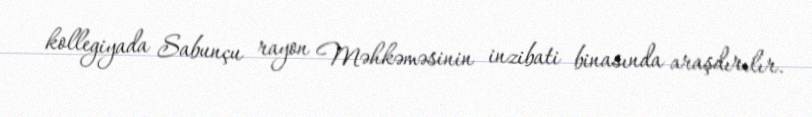
kollegiyada Sabunçu rayon Məhkəməsinin inzibati binasında araşdırılır.